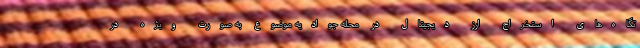
تگاه‌های استخراج ارز دیجیتال در محله جوادیه موضوع به صورت ویژه در